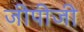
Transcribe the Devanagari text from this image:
जीपीजी